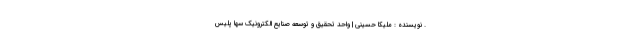
. نویسنده : ملیکا حسینی | واحد تحقیق و توسعه صنایع الکترونیک سها پلیس